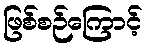
ဖြစ်စဉ်ကြောင့်